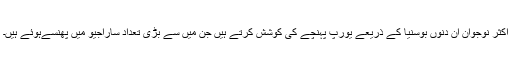
اکثر نوجوان ان دنوں بوسنیا کے ذریعے یورپ پہنچے کی کوشش کرتے ہیں جن میں سے بڑی تعداد ساراجیو میں پھنسےہوئے ہیں۔